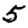
Digit: 5